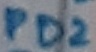
Text: PD2